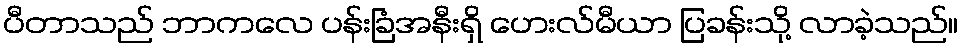
ပီတာသည် ဘာကလေ ပန်းခြံအနီးရှိ ဟေးလ်မီယာ ပြခန်းသို့ လာခဲ့သည်။